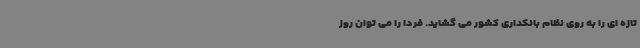
تازه ای را به روی نظام بانکداری کشور می گشاید. فردا را می توان روز